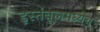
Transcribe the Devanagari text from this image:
इस्तंबूलमध्येच